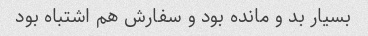
بسیار بد و مانده بود و سفارش هم اشتباه بود